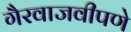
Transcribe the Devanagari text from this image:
गैरवाजवीपणे